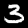
Label: 3